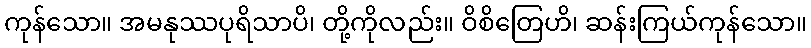
ကုန်သော။ အမနုဿပုရိသာပိ၊ တို့ကိုလည်း။ ဝိစိတြေဟိ၊ ဆန်းကြယ်ကုန်သော။